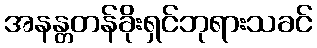
အနန္တတန်ခိုးရှင်ဘုရားသခင်